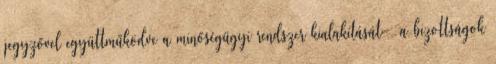
jegyzővel együttműködve a minőségügyi rendszer kialakítását – a bizottságok